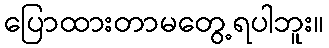
ပြောထားတာမတွေ့ရပါဘူး။